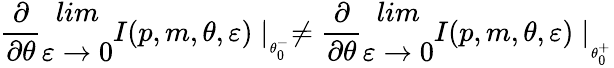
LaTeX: \frac{\partial}{\partial\theta}\begin{array}{c}{{lim}}\\ {{\varepsilon\rightarrow 0}}\end{array}I(p,m,\theta,\varepsilon)\mid_{_{\theta_{0}^{-}}}\neq\frac{\partial}{\partial\theta}\begin{array}{c}{{lim}}\\ {{\varepsilon\rightarrow 0}}\end{array}I(p,m,\theta,\varepsilon)\mid_{_{_{\theta_{0}^{+}}}}